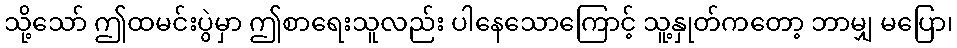
သို့သော် ဤထမင်းပွဲမှာ ဤစာရေးသူလည်း ပါနေသောကြောင့် သူ့နှုတ်ကတော့ ဘာမျှ မပြော၊